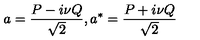
a = \frac { P - i \nu Q } { \sqrt { 2 } } , a ^ { * } = \frac { P + i \nu Q } { \sqrt { 2 } }